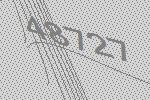
48727